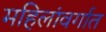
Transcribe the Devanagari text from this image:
महिलांवर्गात